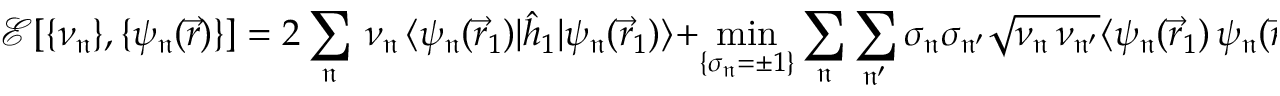
\mathcal { E } [ \{ \nu _ { \mathfrak { n } } \} , \{ \psi _ { \mathfrak { n } } ( \vec { r } ) \} ] = 2 \sum _ { \mathfrak { n } } \, \nu _ { \mathfrak { n } } \, \langle \psi _ { \mathfrak { n } } ( \vec { r } _ { 1 } ) | \hat { h } _ { 1 } | \psi _ { \mathfrak { n } } ( \vec { r } _ { 1 } ) \rangle + \operatorname* { m i n } _ { \{ \sigma _ { \mathfrak { n } } = \pm 1 \} } \sum _ { \mathfrak { n } } \sum _ { \mathfrak { n ^ { \prime } } } \sigma _ { \mathfrak { n } } \sigma _ { \mathfrak { n ^ { \prime } } } \sqrt { \nu _ { \mathfrak { n } } \, \nu _ { \mathfrak { n ^ { \prime } } } } \langle \psi _ { \mathfrak { n } } ( \vec { r } _ { 1 } ) \, \psi _ { \mathfrak { n } } ( \vec { r } _ { 2 } ) | \hat { w } _ { 1 2 } | \psi _ { \mathfrak { n ^ { \prime } } } ( \vec { r } _ { 1 } ) \, \psi _ { \mathfrak { n ^ { \prime } } } ( \vec { r } _ { 2 } ) \rangle \, .